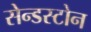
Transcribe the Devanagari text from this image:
सेन्डस्टोन